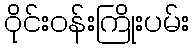
ဝိုင်းဝန်းကြိုးပမ်း